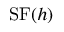
\operatorname { S F } ( h )